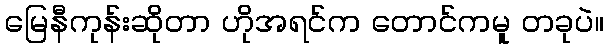
မြေနီကုန်းဆိုတာ ဟိုအရင်က တောင်ကမူ တခုပဲ။